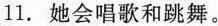
11.她会唱歌和跳舞。